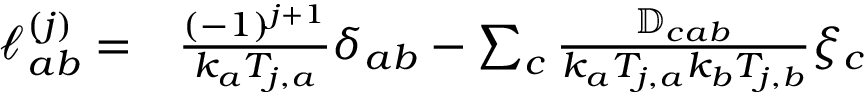
\begin{array} { r l } { \mathcal { l } _ { a b } ^ { ( j ) } = } & { { } \frac { ( - 1 ) ^ { j + 1 } } { k _ { a } T _ { j , a } } \delta _ { a b } - \sum _ { c } \frac { \mathbb { D } _ { c a b } } { k _ { a } T _ { j , a } k _ { b } T _ { j , b } } \xi _ { c } } \end{array}